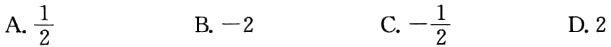
A. $\frac{1}{2}$
B. $-2$
C. $-\frac{1}{2}$
D. $2$